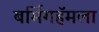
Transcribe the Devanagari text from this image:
बर्मिगहॅमला